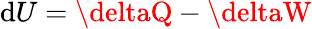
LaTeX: \mathrm{d}U=\deltaQ-\deltaW